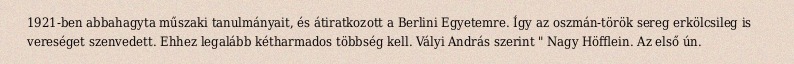
1921-ben abbahagyta műszaki tanulmányait, és átiratkozott a Berlini Egyetemre. Így az oszmán-török sereg erkölcsileg is vereséget szenvedett. Ehhez legalább kétharmados többség kell. Vályi András szerint " Nagy Höfflein. Az első ún.